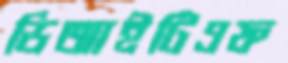
ডিআইটিএফ